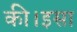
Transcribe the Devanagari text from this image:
की।इसा